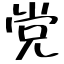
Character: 党